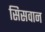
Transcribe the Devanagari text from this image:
सिसवान